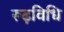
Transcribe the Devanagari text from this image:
रूढ़विधि